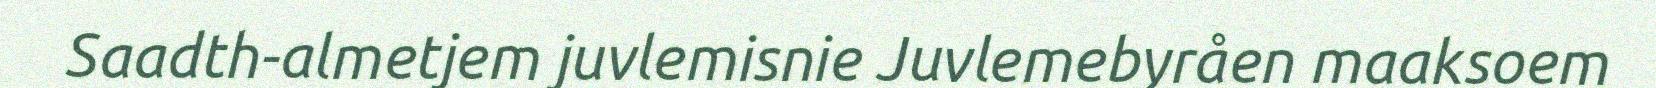
Saadth-almetjem juvlemisnie Juvlemebyråen maaksoem